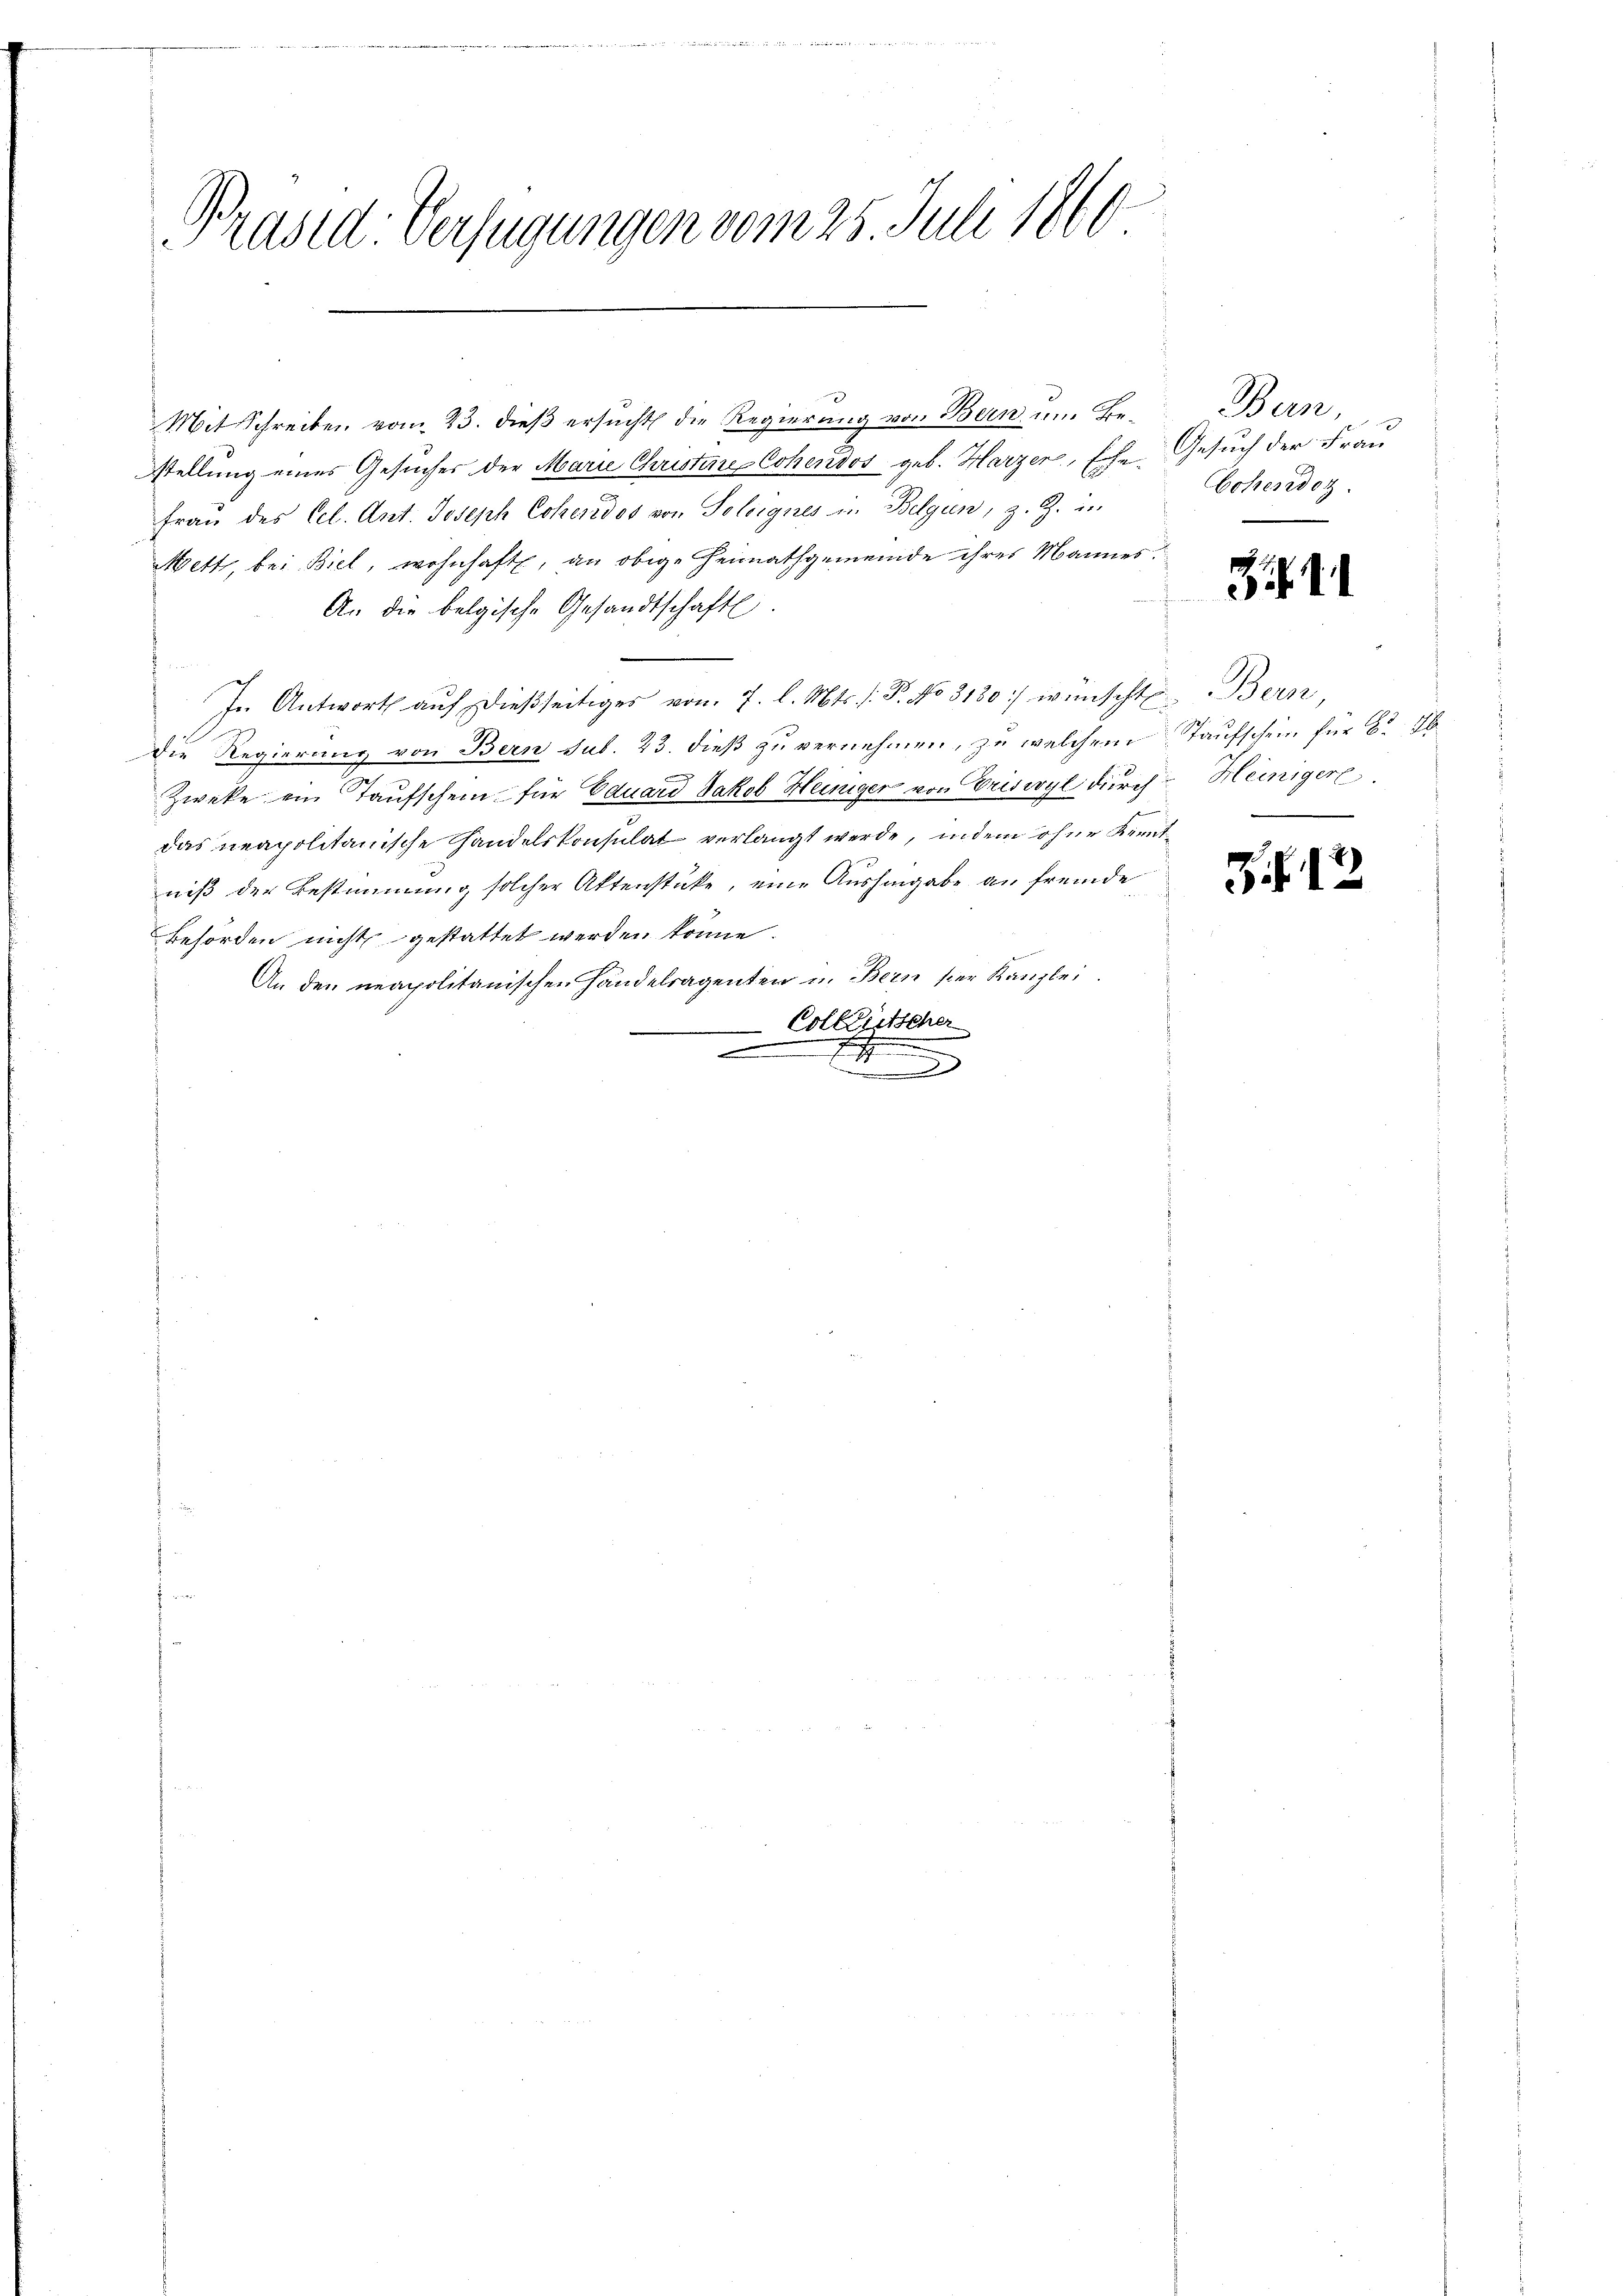
Präsid. Verfügungen vom 25. Juli 1860
eg

Mit Schreiben vom 23. dieß ersucht die Regierung von Bern um Bestellung eines Gesuches der Marie Christine Cohendos geb. Harzer, Ehe Gesuch der Frau
Frau des Cel. Ant. Joseph Ccheredos von Soleignes in Belgin, z. Z. in
Mett, bei Biel, wohnhaft, an obige Heimathgemeinde ihres Mannes.
An die belgische Gesandtschaft.
n
In Antwort aŭf dießseitiges von 7. l. Mts. f. P. No 3180/ wünschte Bern,
Die Regierung von Bern sub. 23. dieß zu vernehmen, zu welchem
Zweke ein Taufschein für Eduard Jakob Heiniger von Griswyl durch
das neapolitanische Handelskonsulat verlangt werde, indem ohne Kenntniß der Bestimmung solcher Aktenstücke, eine Aushingabe an fremde
Behörden nicht gestattet werden könne.
An den neapolitanischen Handelsagenten in Bern hier Kanzlei.
 Collischen
3

Bern,
Cohendor

31

Taufschein für 6 d
Heinigere

Zif. 1